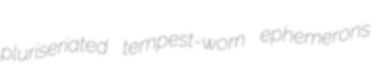
pluriseriated tempest-worn ephemerons